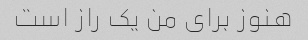
هنوز برای من یک راز است